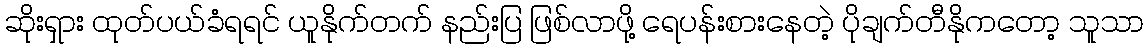
ဆိုးရှား ထုတ်ပယ်ခံရရင် ယူနိုက်တက် နည်းပြ ဖြစ်လာဖို့ ရေပန်းစားနေတဲ့ ပိုချက်တီနိုကတော့ သူသာ